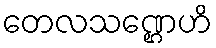
တေလသဏ္ဌေဟိ